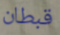
قبطان